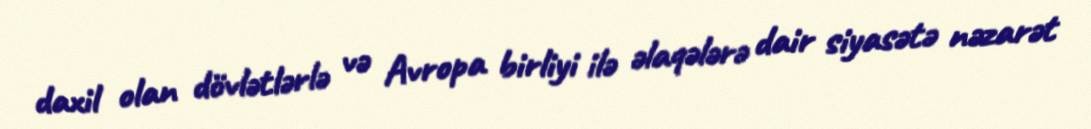
daxil olan dövlətlərlə və Avropa birliyi ilə əlaqələrə dair siyasətə nəzarət